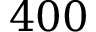
4 0 0